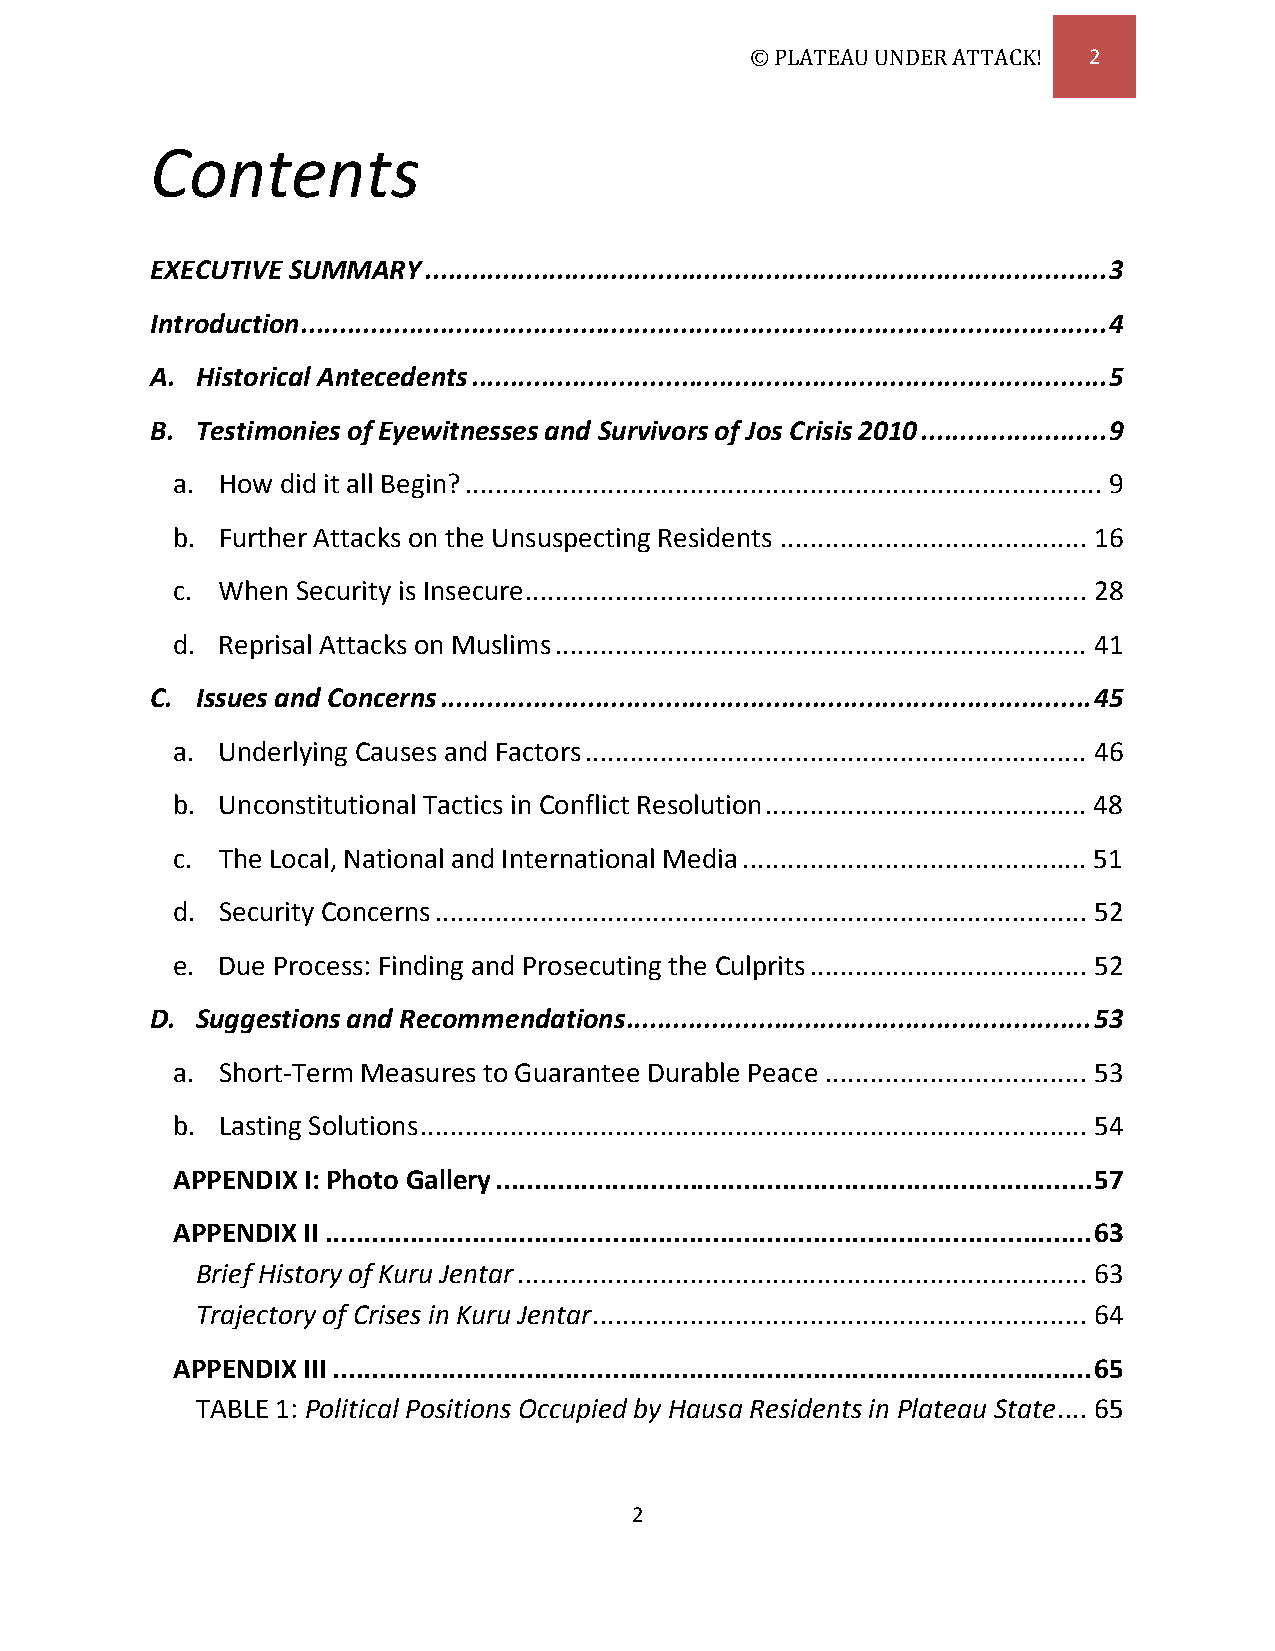
© PLATEAU UNDER ATTACK! 2
 Contents
 EXECUTIVE SUMMARY ........................................................................................ 3
 Introduction ........................................................................................................ 4
 A. Historical Antecedents .................................................................................. 5
 B. Testimonies of Eyewitnesses and Survivors of Jos Crisis 2010 ........................ 9
 a. How  did it all Begin? ..................................................................................... 9
 b. Further Attacks on the Unsuspecting Residents ......................................... 16
 c. When  Security is Insecure ........................................................................... 28
 d. Reprisal Attacks on Muslims ....................................................................... 41
 C. Issues and Concerns .................................................................................... 45
 a. Underlying Causes and Factors ................................................................... 46
 b. Unconstitutional Tactics in Conflict Resolution ........................................... 48
 c. The Local, National and International Media .............................................. 51
 d. Security Concerns ....................................................................................... 52
 e. Due Process: Finding and Prosecuting the Culprits ..................................... 52
 D. Suggestions and Recommendations ............................................................ 53
 a. Short-Term Measures to Guarantee Durable Peace ................................... 53
 b. Lasting Solutions ......................................................................................... 54
 APPENDIX I: Photo Gallery ............................................................................. 57
 APPENDIX II ................................................................................................... 63
 Brief History of Kuru Jentar ............................................................................ 63
 Trajectory of Crises in Kuru Jentar .................................................................. 64
 APPENDIX III .................................................................................................. 65
 TABLE 1: Political Positions Occupied by Hausa Residents in Plateau State .... 65
 2